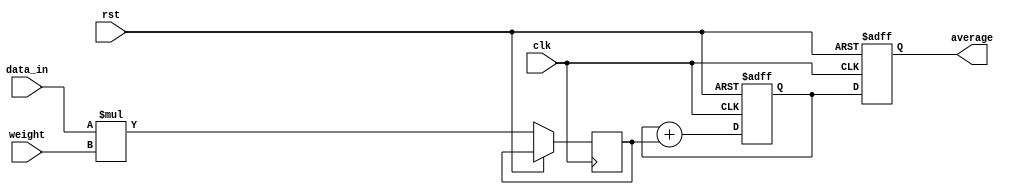
module exp_mov_avg_accumulator (
    input wire clk,
    input wire rst,
    input wire [15:0] data_in,
    input wire [7:0] weight,
    output reg [15:0] average
);

reg [15:0] current_average;
reg [15:0] weighted_data;

always @(posedge clk or posedge rst) begin
    if (rst) begin
        current_average <= 16'd0;
    end else begin
        weighted_data <= data_in * weight;
        current_average <= current_average + weighted_data;
    end
end

always @(posedge clk or posedge rst) begin
    if (rst) begin
        average <= 16'd0;
    end else begin
        average <= current_average;
    end
end

endmodule